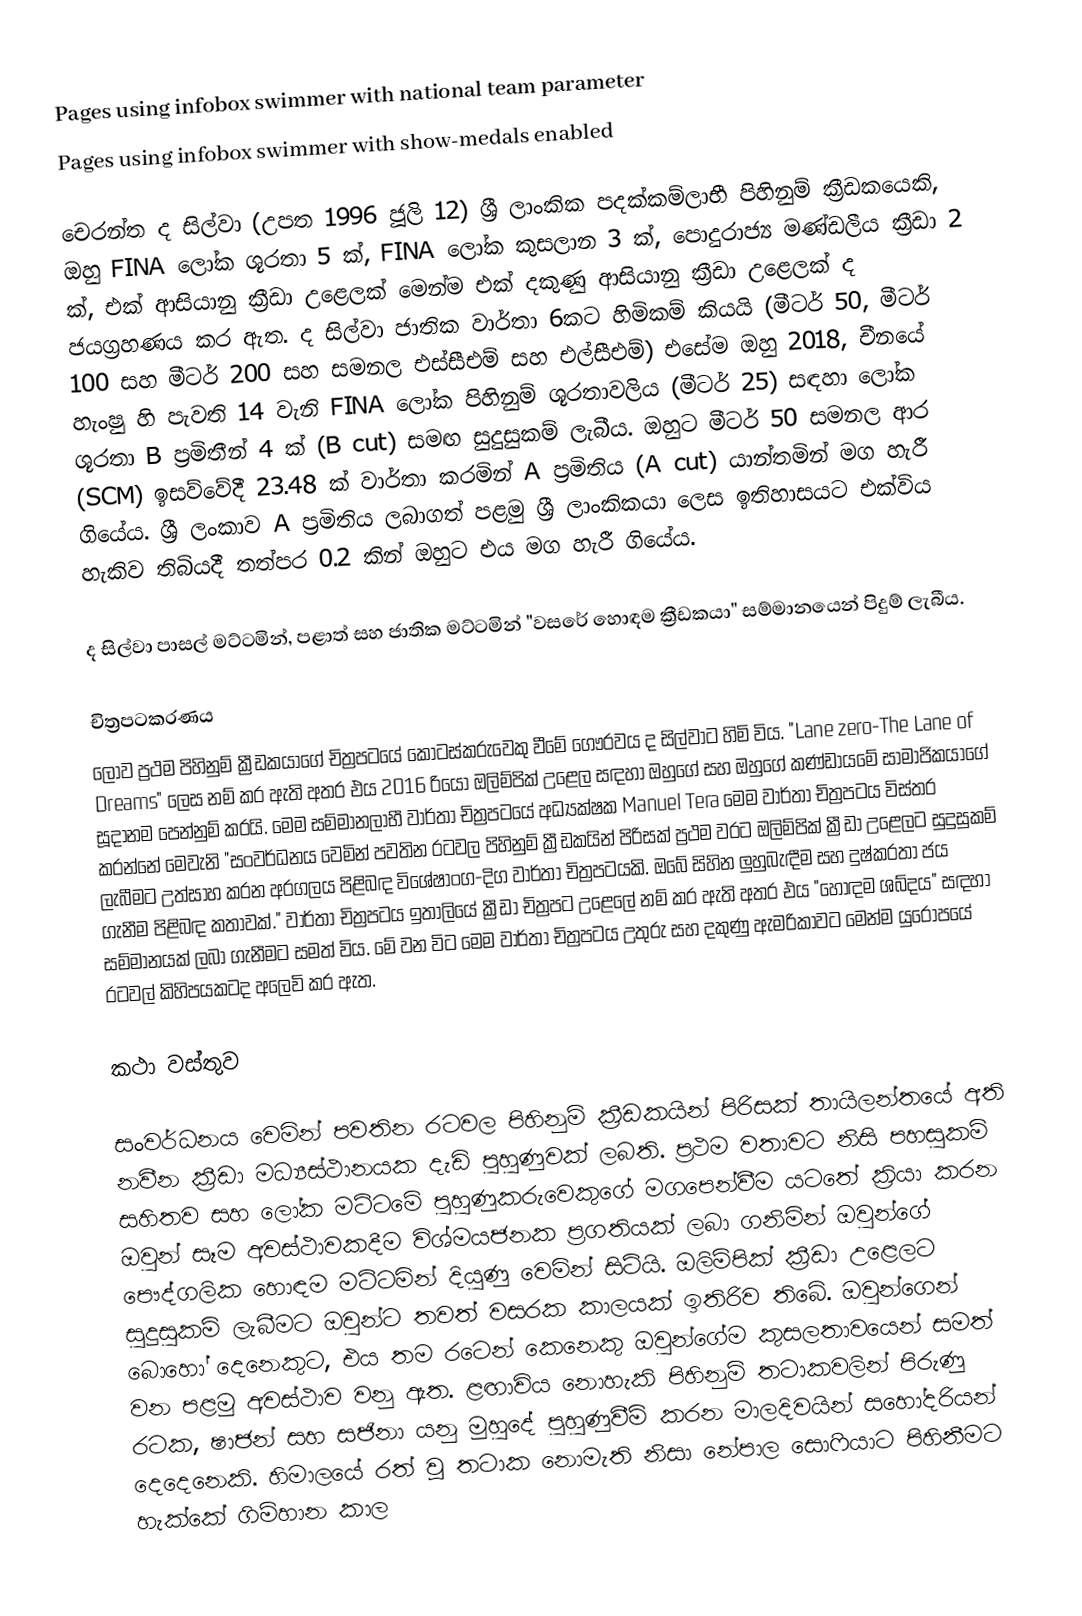
Pages using infobox swimmer with national team parameter
Pages using infobox swimmer with show-medals enabled

චෙරන්ත ද සිල්වා (උපත 1996 ජූලි 12) ශ්‍රී ලාංකික පදක්කම්ලාභී පිහිනුම් ක්‍රීඩකයෙකි, ඔහු FINA ලෝක ශූරතා 5 ක්, FINA ලෝක කුසලාන 3 ක්, පොදුරාජ්‍ය මණ්ඩලීය ක්‍රීඩා 2 ක්, එක් ආසියානු ක්‍රීඩා උළෙලක් මෙන්ම එක් දකුණු ආසියානු ක්‍රීඩා උළෙලක් ද ජයග්‍රහණය කර ඇත. ද සිල්වා ජාතික වාර්තා 6කට හිමිකම් කියයි (මීටර් 50, මීටර් 100 සහ මීටර් 200 සහ සමනල එස්සීඑම් සහ එල්සීඑම්) එසේම ඔහු 2018, චීනයේ හැංෂු හි පැවති 14 වැනි FINA ලෝක පිහිනුම් ශූරතාවලිය (මීටර් 25) සඳහා ලෝක ශූරතා B ප්‍රමිතීන් 4 ක් (B cut) සමඟ සුදුසුකම් ලැබීය. ඔහුට මීටර් 50 සමනල ආර (SCM) ඉසව්වේදී 23.48 ක් වාර්තා කරමින් A ප්‍රමිතිය (A cut) යාන්තමින් මග හැරී ගියේය. ශ්‍රී ලංකාව A ප්‍රමිතිය ලබාගත් පළමු ශ්‍රී ලාංකිකයා ලෙස ඉතිහාසයට එක්විය හැකිව තිබියදී තත්පර 0.2 කින් ඔහුට එය මග හැරී ගියේය.

ද සිල්වා පාසල් මට්ටමින්, පළාත් සහ ජාතික මට්ටමින් "වසරේ හොඳම ක්‍රීඩකයා" සම්මානයෙන් පිදුම් ලැබීය.

චිත්‍රපටකරණය
ලොව ප්‍රථම පිහිනුම් ක්‍රීඩකයාගේ චිත්‍රපටයේ කොටස්කරුවෙකු වීමේ ගෞරවය ද සිල්වාට හිමි විය. "Lane zero-The Lane of Dreams" ලෙස නම් කර ඇති අතර එය 2016 රියෝ ඔලිම්පික් උළෙල සඳහා ඔහුගේ සහ ඔහුගේ කණ්ඩායමේ සාමාජිකයාගේ සූදානම පෙන්නුම් කරයි. මෙම සම්මානලාභී වාර්තා චිත්‍රපටයේ අධ්‍යක්ෂක Manuel Tera මෙම වාර්තා චිත්‍රපටය විස්තර කරන්නේ මෙවැනි "සංවර්ධනය වෙමින් පවතින රටවල පිහිනුම් ක්‍රීඩකයින් පිරිසක් ප්‍රථම වරට ඔලිම්පික් ක්‍රීඩා උළෙලට සුදුසුකම් ලැබීමට උත්සාහ කරන අරගලය පිළිබඳ විශේෂාංග-දිග වාර්තා චිත්‍රපටයකි. ඔබේ සිහින ලුහුබැඳීම සහ දුෂ්කරතා ජය ගැනීම පිළිබඳ කතාවක්."  වාර්තා චිත්‍රපටය ඉතාලියේ ක්‍රීඩා චිත්‍රපට උළෙලේ  නම් කර ඇති අතර එය "හොඳම ශබ්දය" සඳහා සම්මානයක් ලබා ගැනීමට සමත් විය. මේ වන විට මෙම වාර්තා චිත්‍රපටය උතුරු සහ දකුණු ඇමරිකාවට මෙන්ම යුරෝපයේ රටවල් කිහිපයකටද අලෙවි කර ඇත.

කථා වස්තුව

සංවර්ධනය වෙමින් පවතින රටවල පිහිනුම් ක්‍රීඩකයින් පිරිසක් තායිලන්තයේ අති නවීන ක්‍රීඩා මධ්‍යස්ථානයක දැඩි පුහුණුවක් ලබති. ප්‍රථම වතාවට නිසි පහසුකම් සහිතව සහ ලෝක මට්ටමේ පුහුණුකරුවෙකුගේ මගපෙන්වීම යටතේ ක්‍රියා කරන ඔවුන් සෑම අවස්ථාවකදීම විශ්මයජනක ප්‍රගතියක් ලබා ගනිමින් ඔවුන්ගේ පෞද්ගලික හොඳම මට්ටමින් දියුණු වෙමින් සිටියි. ඔලිම්පික් ක්‍රීඩා උළෙලට සුදුසුකම් ලැබීමට ඔවුන්ට තවත් වසරක කාලයක් ඉතිරිව තිබේ. ඔවුන්ගෙන් බොහෝ දෙනෙකුට, එය තම රටෙන් කෙනෙකු ඔවුන්ගේම කුසලතාවයෙන් සමත් වන පළමු අවස්ථාව වනු ඇත. ළඟාවිය නොහැකි පිහිනුම් තටාකවලින් පිරුණු රටක, ෂාජන් සහ සජිනා යනු මුහුදේ පුහුණුවීම් කරන මාලදිවයින් සහෝදරියන් දෙදෙනෙකි. හිමාලයේ රත් වූ තටාක නොමැති නිසා නේපාල සොෆියාට පිහිනීමට හැක්කේ ගිම්හාන කාල